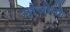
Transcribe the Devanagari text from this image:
मांजोनो